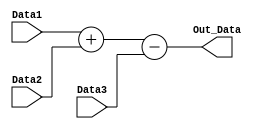
// SPDX-FileCopyrightText: 2023 Mabrains Company
// Licensed under the Apache License, Version 2.0 (the "License");
// you may not use this file except in compliance with the License.
// You may obtain a copy of the License at
//
//      http://www.apache.org/licenses/LICENSE-2.0
//
// Unless required by applicable law or agreed to in writing, software
// distributed under the License is distributed on an "AS IS" BASIS,
// WITHOUT WARRANTIES OR CONDITIONS OF ANY KIND, either express or implied.
// See the License for the specific language governing permissions and
// limitations under the License.
//
// SPDX-License-Identifier: Apache-2.0

// Adder which sums 2 inputs then subtracts a third input from them
module spec_adder(Data1, Data2, Data3, Out_Data);
	input [4:0] Data1, Data2, Data3;
	output [4:0] Out_Data;

	wire [5:0] Temp;

	assign Temp = Data1 + Data2 - Data3;

	assign Out_Data = Temp[4:0];
endmodule